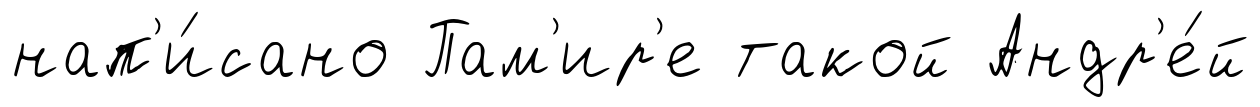
нап'и́сано Пам'ир'е такой Андр'е́й